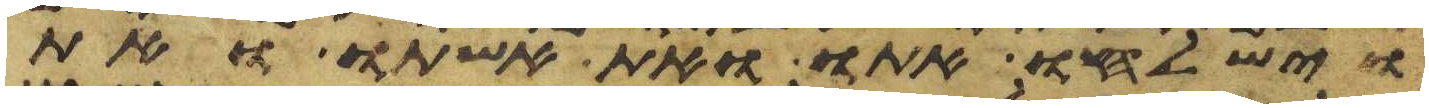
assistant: וישלחו אתו ואת אשתו ואת